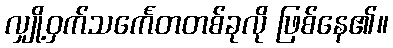
လျှို့ဝှက်သင်္ကေတတစ်ခုလို ဖြစ်နေ၏။